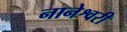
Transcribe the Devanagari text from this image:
नानेश्वरी